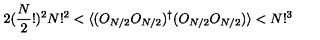
2 ( \frac { N } { 2 } ! ) ^ { 2 } N ! ^ { 2 } < \langle ( O _ { N / 2 } O _ { N / 2 } ) ^ { \dagger } ( O _ { N / 2 } O _ { N / 2 } ) \rangle < N ! ^ { 3 }